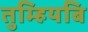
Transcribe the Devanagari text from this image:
तुम्हियबि